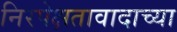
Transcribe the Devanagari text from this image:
निरपेक्षतावादाच्या